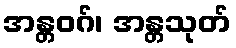
အန္တဝဂ်၊ အန္တသုတ်